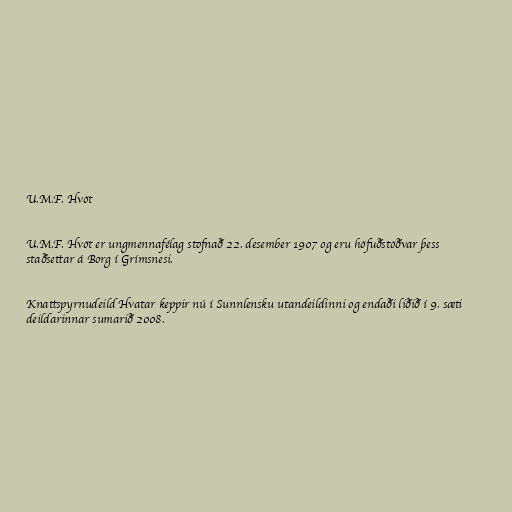
U.M.F. Hvöt

U.M.F. Hvöt er ungmennafélag stofnað 22. desember 1907 og eru höfuðstöðvar þess
staðsettar á Borg í Grímsnesi.

Knattspyrnudeild Hvatar keppir nú í Sunnlensku utandeildinni og endaði liðið í 9. sæti
deildarinnar sumarið 2008.